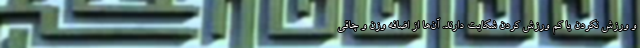
و ورزش نکردن یا کم ورزش کردن شکایت دارند. آن‌ها از اضافه وزن و چاقی